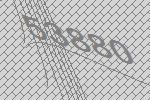
53880